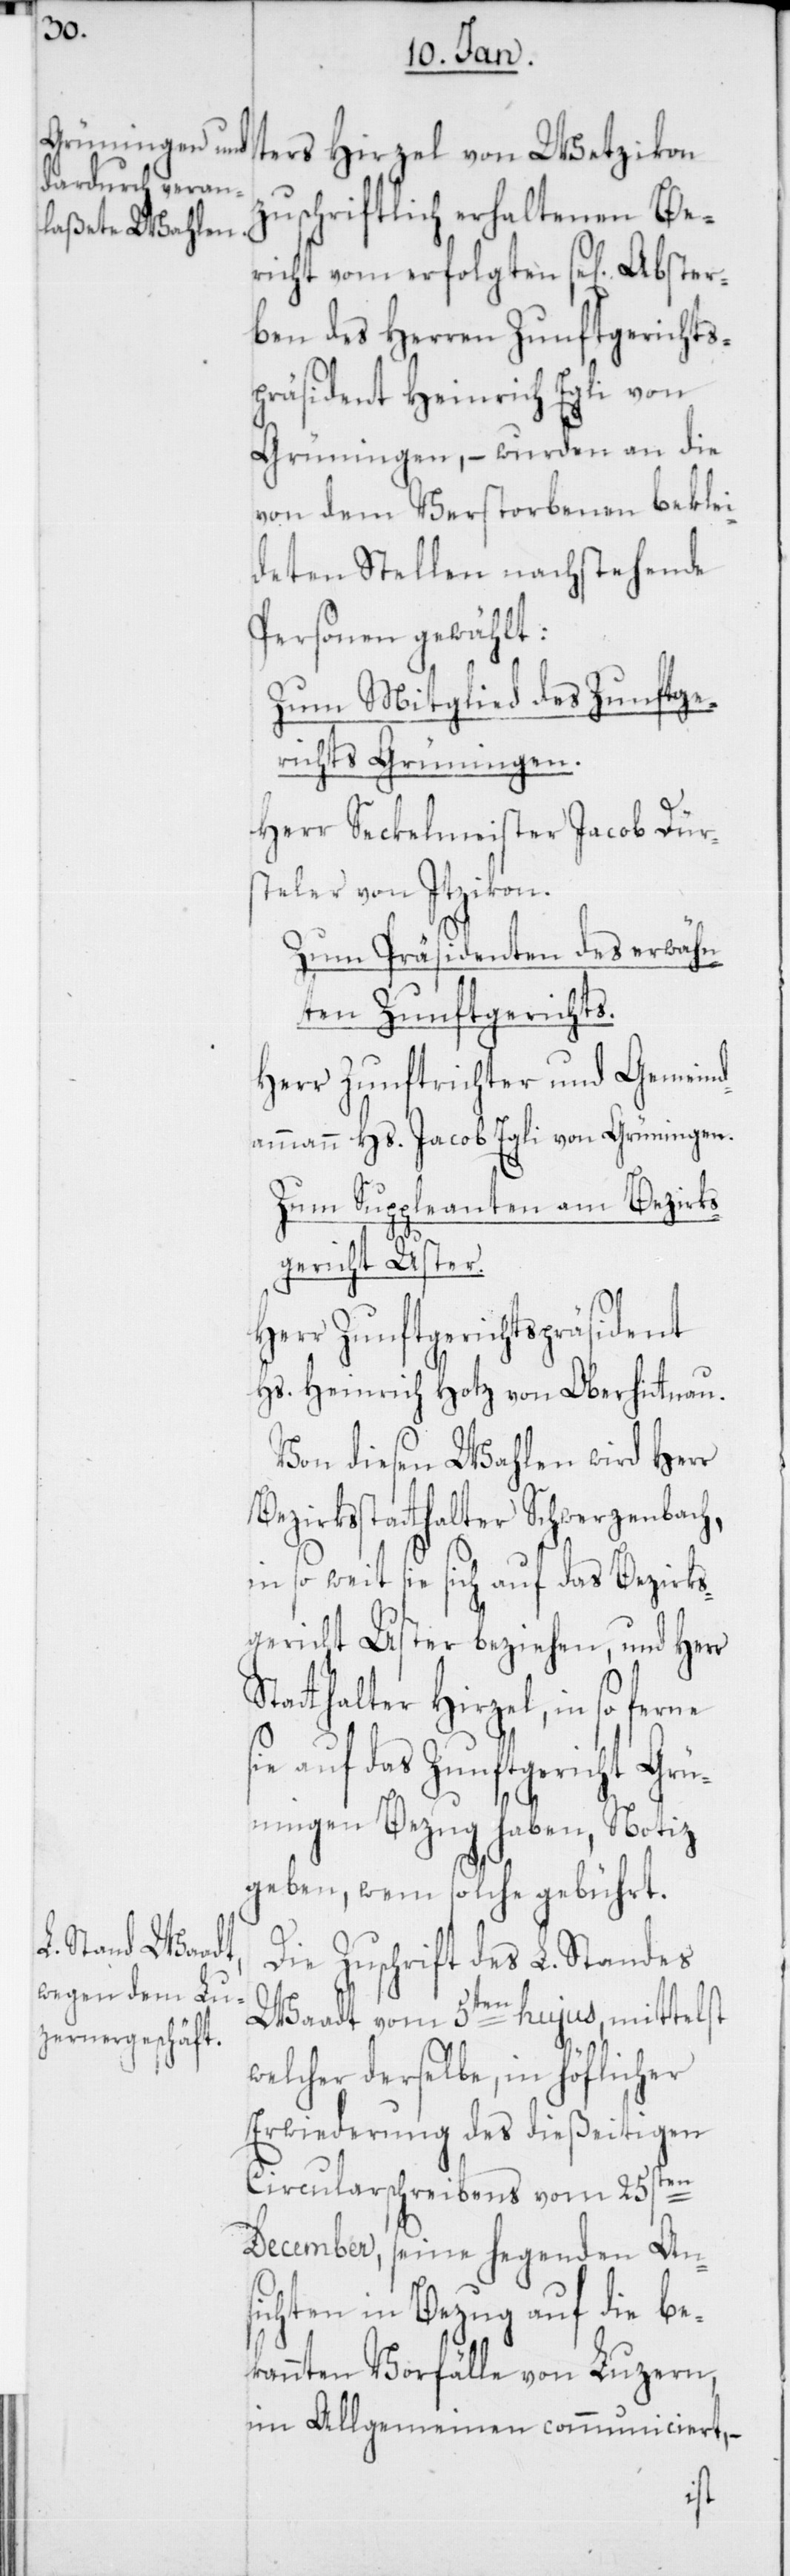
B¬
zuschriftlich erhaltenen Be¬
richt vom erfolgten sel. Abster¬
ben des Herren Zunftgerichts¬
präsident Heinrich Egli von
Grüningen, – wurden an die
von dem Verstorbenen beklei¬
deten Stellen nachstehende
Personen gewählt.
Zum Mitglied des Zunftge¬
richts Grüningen.
Herr Seckelmeister Jacob Dür¬
steler von Itzikon.
Zum Präsidenten des erwähn¬
ten Zunftgerichts.
Herr Zunftrichter und Gemein¬
dammann Hs. Jacob Egli von Grüningen.
Zum Suppleanten am Bezirks¬
gericht Uster.
Herr Zunftgerichtspräsident
Hs. Heinrich Hotz von Oberhitnau.
Von diesen Wahlen wird Herr
ezirksstatthalter Schwerzenbach,
in so weit sie sich auf das Bezirks¬
gericht Uster beziehen, und Herr
Statthalter Hirzel, in so ferne
sie auf das Zunftgericht Grü¬
ningen Bezug haben, Notiz
geben, wem solche gebührt.
Die Zuschrift des L. Standes
Waadt vom 5ten hujus, mittelst
welcher derselbe, in höflicher
Erwiederung des dießeitigen
Circularschreibens vom 25sten
December, seine hegenden Ans¬
ichten in Bezug auf die be¬
kannten Vorfälle von Luzern,
im Allgemeinen communiciert, –